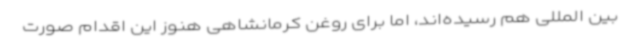
بین المللی هم رسیده‌اند، اما برای روغن کرمانشاهی هنوز این اقدام صورت